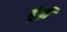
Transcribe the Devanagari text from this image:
ढूंढ़ी